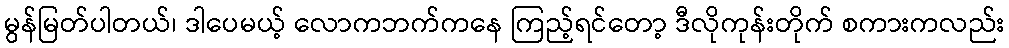
မွန်မြတ်ပါတယ်၊ ဒါပေမယ့် လောကဘက်ကနေ ကြည့်ရင်တော့ ဒီလိုကုန်းတိုက် စကားကလည်း